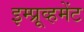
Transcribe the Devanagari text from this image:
इम्प्रूव्हमेंट